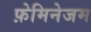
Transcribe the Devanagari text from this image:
फ़ेमिनेजम